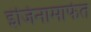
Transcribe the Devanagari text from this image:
इंजिनामार्फत